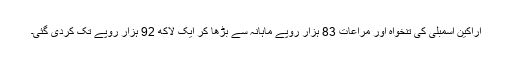
اراکین اسمبلی کی تنخواہ اور مراعات 83 ہزار روپے ماہانہ سے بڑھا کر ایک لاکھ 92 ہزار روپے تک کردی گئی۔